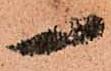
一